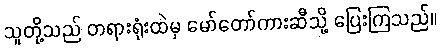
သူတို့သည် တရားရုံးထဲမှ မော်တော်ကားဆီသို့ ပြေးကြသည်။